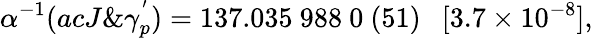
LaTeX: \alpha^{-1}(acJ\& \gamma_{p}^{'})=137.035~988~0~(51)~~~[3.7\times 10^{-8}],